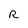
Character: R